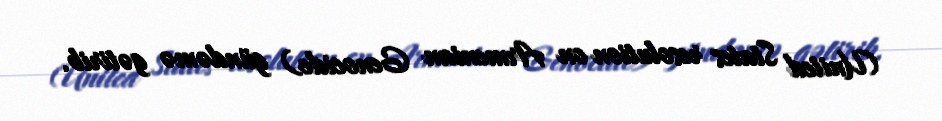
(United States resolution on Armenian Genocide) gündəmə gətirib.